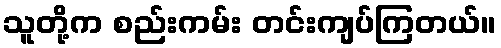
သူတို့က စည်းကမ်း တင်းကျပ်ကြတယ်။